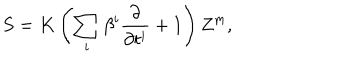
S = K \left( \sum _ { i } \beta ^ { i } \frac { \partial } { \partial t ^ { i } } + 1 \right) Z ^ { \mathrm { m } } ,